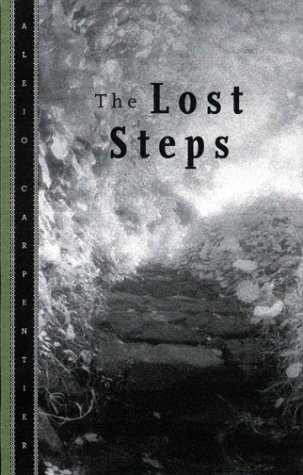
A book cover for The Lost Steps; Alejo Carpentier; Literature & Fiction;